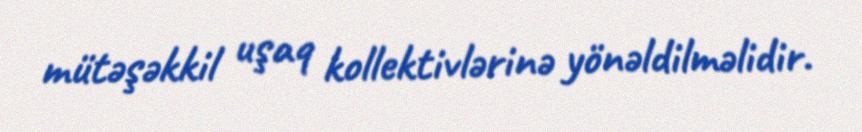
mütəşəkkil uşaq kollektivlərinə yönəldilməlidir.